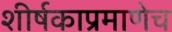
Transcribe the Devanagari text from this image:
शीर्षकाप्रमाणेच